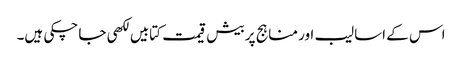
اس کے اسالیب اور مناہج پر بیش قیمت کتابیں لکھی جا چکی ہیں۔